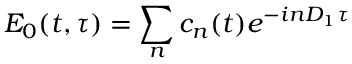
E _ { 0 } ( t , \tau ) = \sum _ { n } c _ { n } ( t ) e ^ { - i n D _ { 1 } \tau }